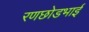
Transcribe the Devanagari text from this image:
रणछोडभाई